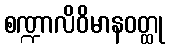
စဏ္ဍာလိဝိမာနဝတ္ထု